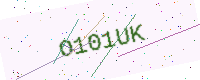
Text: O101UK